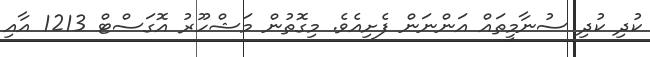
ކުދި ކުދި ސުނާމީތައް އަންނަން ފެށިއެވެ. މިގޮތުން މަޝްހޫރު އޮގަސްޓް 1213 އާއި